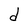
Character: d